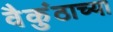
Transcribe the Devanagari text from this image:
वैकुंठाच्या